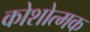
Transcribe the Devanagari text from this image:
कोशोत्मक